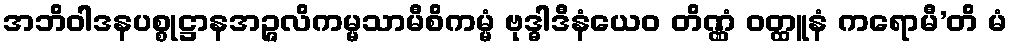
အဘိဝါဒနပစ္စုဋ္ဌာနအဉ္ဇလိကမ္မသာမီစိကမ္မံ ဗုဒ္ဓါဒီနံယေဝ တိဏ္ဏံ ဝတ္ထူနံ ကရောမီ’တိ မံ